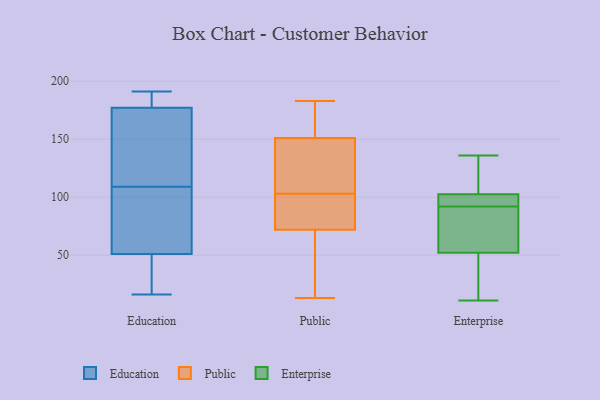
{"axis": {"x": "Demand Index", "y": "Value"}, "legend": ["Education", "Enterprise", "Public"], "data": [{"x": "", "y": 166, "type": "Education"}, {"x": "", "y": 45, "type": "Education"}, {"x": "", "y": 138, "type": "Education"}, {"x": "", "y": 97, "type": "Education"}, {"x": "", "y": 24, "type": "Education"}, {"x": "", "y": 16, "type": "Education"}, {"x": "", "y": 89, "type": "Education"}, {"x": "", "y": 177, "type": "Education"}, {"x": "", "y": 191, "type": "Education"}, {"x": "", "y": 121, "type": "Education"}, {"x": "", "y": 187, "type": "Education"}, {"x": "", "y": 51, "type": "Education"}, {"x": "", "y": 61, "type": "Education"}, {"x": "", "y": 181, "type": "Education"}, {"x": "", "y": 123, "type": "Public"}, {"x": "", "y": 72, "type": "Public"}, {"x": "", "y": 82, "type": "Public"}, {"x": "", "y": 151, "type": "Public"}, {"x": "", "y": 83, "type": "Public"}, {"x": "", "y": 174, "type": "Public"}, {"x": "", "y": 13, "type": "Public"}, {"x": "", "y": 67, "type": "Public"}, {"x": "", "y": 125, "type": "Public"}, {"x": "", "y": 183, "type": "Public"}, {"x": "", "y": 11, "type": "Enterprise"}, {"x": "", "y": 99, "type": "Enterprise"}, {"x": "", "y": 61, "type": "Enterprise"}, {"x": "", "y": 136, "type": "Enterprise"}, {"x": "", "y": 90, "type": "Enterprise"}, {"x": "", "y": 129, "type": "Enterprise"}, {"x": "", "y": 94, "type": "Enterprise"}, {"x": "", "y": 27, "type": "Enterprise"}, {"x": "", "y": 72, "type": "Enterprise"}, {"x": "", "y": 43, "type": "Enterprise"}, {"x": "", "y": 104, "type": "Enterprise"}, {"x": "", "y": 101, "type": "Enterprise"}]}